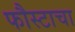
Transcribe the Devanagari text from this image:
फौस्टाचा